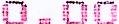
0.0